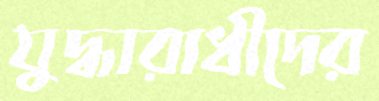
যুদ্ধারাধীদের